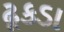
ઢૂકડા